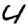
Digit: 4